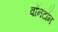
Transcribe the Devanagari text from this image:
वॉनटॉन